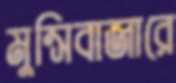
মুন্সিবাজারে